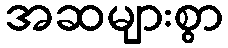
အဆများစွာ